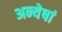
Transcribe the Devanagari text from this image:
अन्येषां